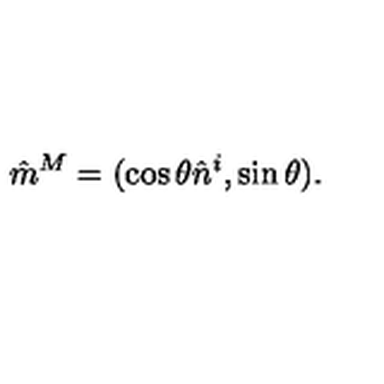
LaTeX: \hat { m } ^ { M } = ( \cos \theta \hat { n } ^ { i } , \sin \theta ) .